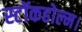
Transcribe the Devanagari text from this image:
स्टॉकहोल्म।